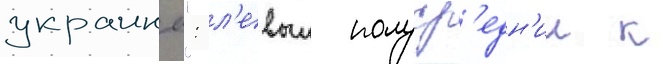
украины": л'евыи полуср'едн'ии к